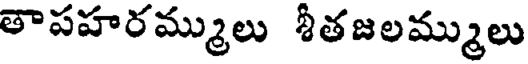
తాపహరమ్ములు శీతజలమ్ములు